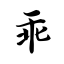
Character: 乖